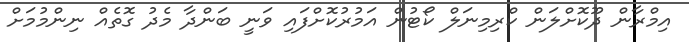
އިމްރާން ދޫކޮށްލަން ކްރިމިނަލް ކޯޓުން އަމުރުކޮށްފައި ވަނީ ބަންދާ މެދު ގޮތެއް ނިންމުމަށް